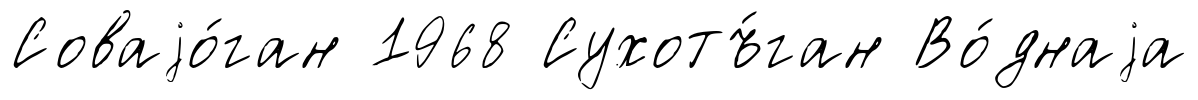
Соваjо́ган 1968 Сухотъ́ган Во́днаjа